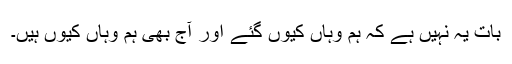
بات یہ نہیں ہے کہ ہم وہاں کیوں گئے اور آج بھی ہم وہاں کیوں ہیں۔